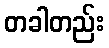
တခါတည်း